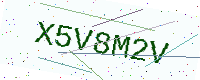
Text: X5V8M2V